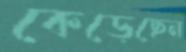
কেড়েছেন